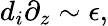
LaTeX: d_{i}\partial_{z}\sim\epsilon,